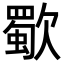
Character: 歜